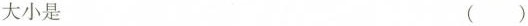
大小是 ()